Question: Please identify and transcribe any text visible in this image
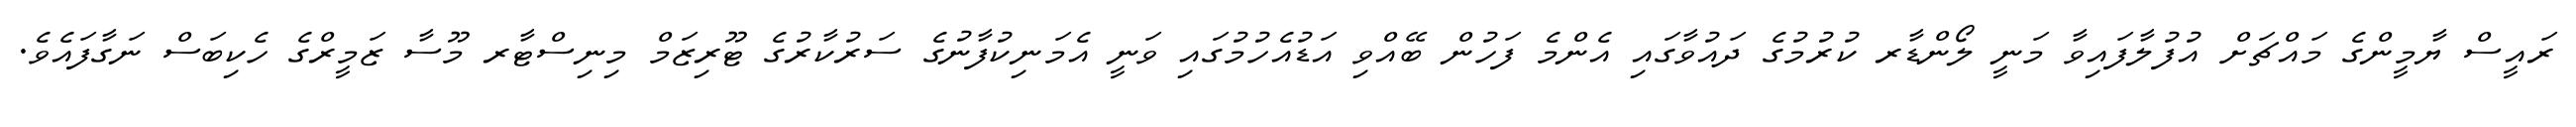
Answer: ރައީސް ޔާމީންގެ މައްޗަށް އުފުލާފައިވާ މަނީ ލޯންޑާރ ކުރުމުގެ ދައުވާގައި އެންމެ ފަހުން ބޭއްވި އަޑުއެހުމުގައި ވަނީ އެމަނިކުފާނުގެ ސަރުކާރުގެ ޓޫރިޒަމް މިނިސްޓާރ މޫސާ ޒަމީރްގެ ހެކިބަސް ނަގާފައެވެ.